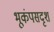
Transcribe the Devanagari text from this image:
भूकंपसदृश